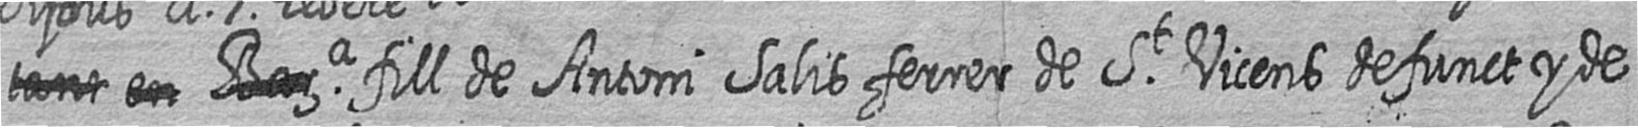
# # # fill de Antoni Salis ferrer de St Vicens defunct y de